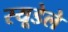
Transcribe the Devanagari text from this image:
स्यूडेले